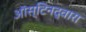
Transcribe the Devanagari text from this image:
ऑस्टिनद्वारा